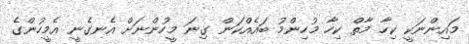
މައިންނަކީ ކިހާ މާތް ކިހާ މުހިންމު ބައެއްކަން ގިނަ މީހުންނަށް އެނގެނީ އެމީހުންގެ